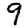
Digit: 9